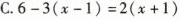
C.$$6-3(x-1)=2(x+1)$$